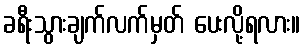
ခရီးသွားချက်လက်မှတ် ပေးလို့ရလား။